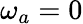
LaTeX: \omega_{a}=0